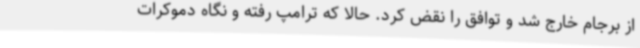
از برجام خارج شد و توافق را نقض کرد. حالا که ترامپ رفته و نگاه دموکرات